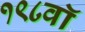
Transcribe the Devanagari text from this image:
१९८वॉ